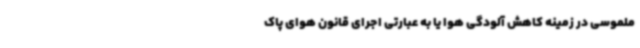
ملموسی در زمینه کاهش آلودگی هوا یا به عبارتی اجرای قانون هوای پاک